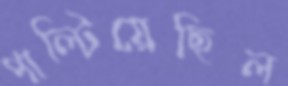
পাল্টিয়েছিল